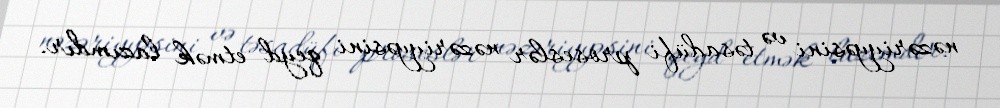
nəzəriyyəsini və təsadüfi proseslər nəzəriyyəsini qeyd etmək lazımdır.